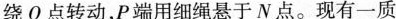
绕 О 点转动，P 端用细绳悬于 N 点。现有一质